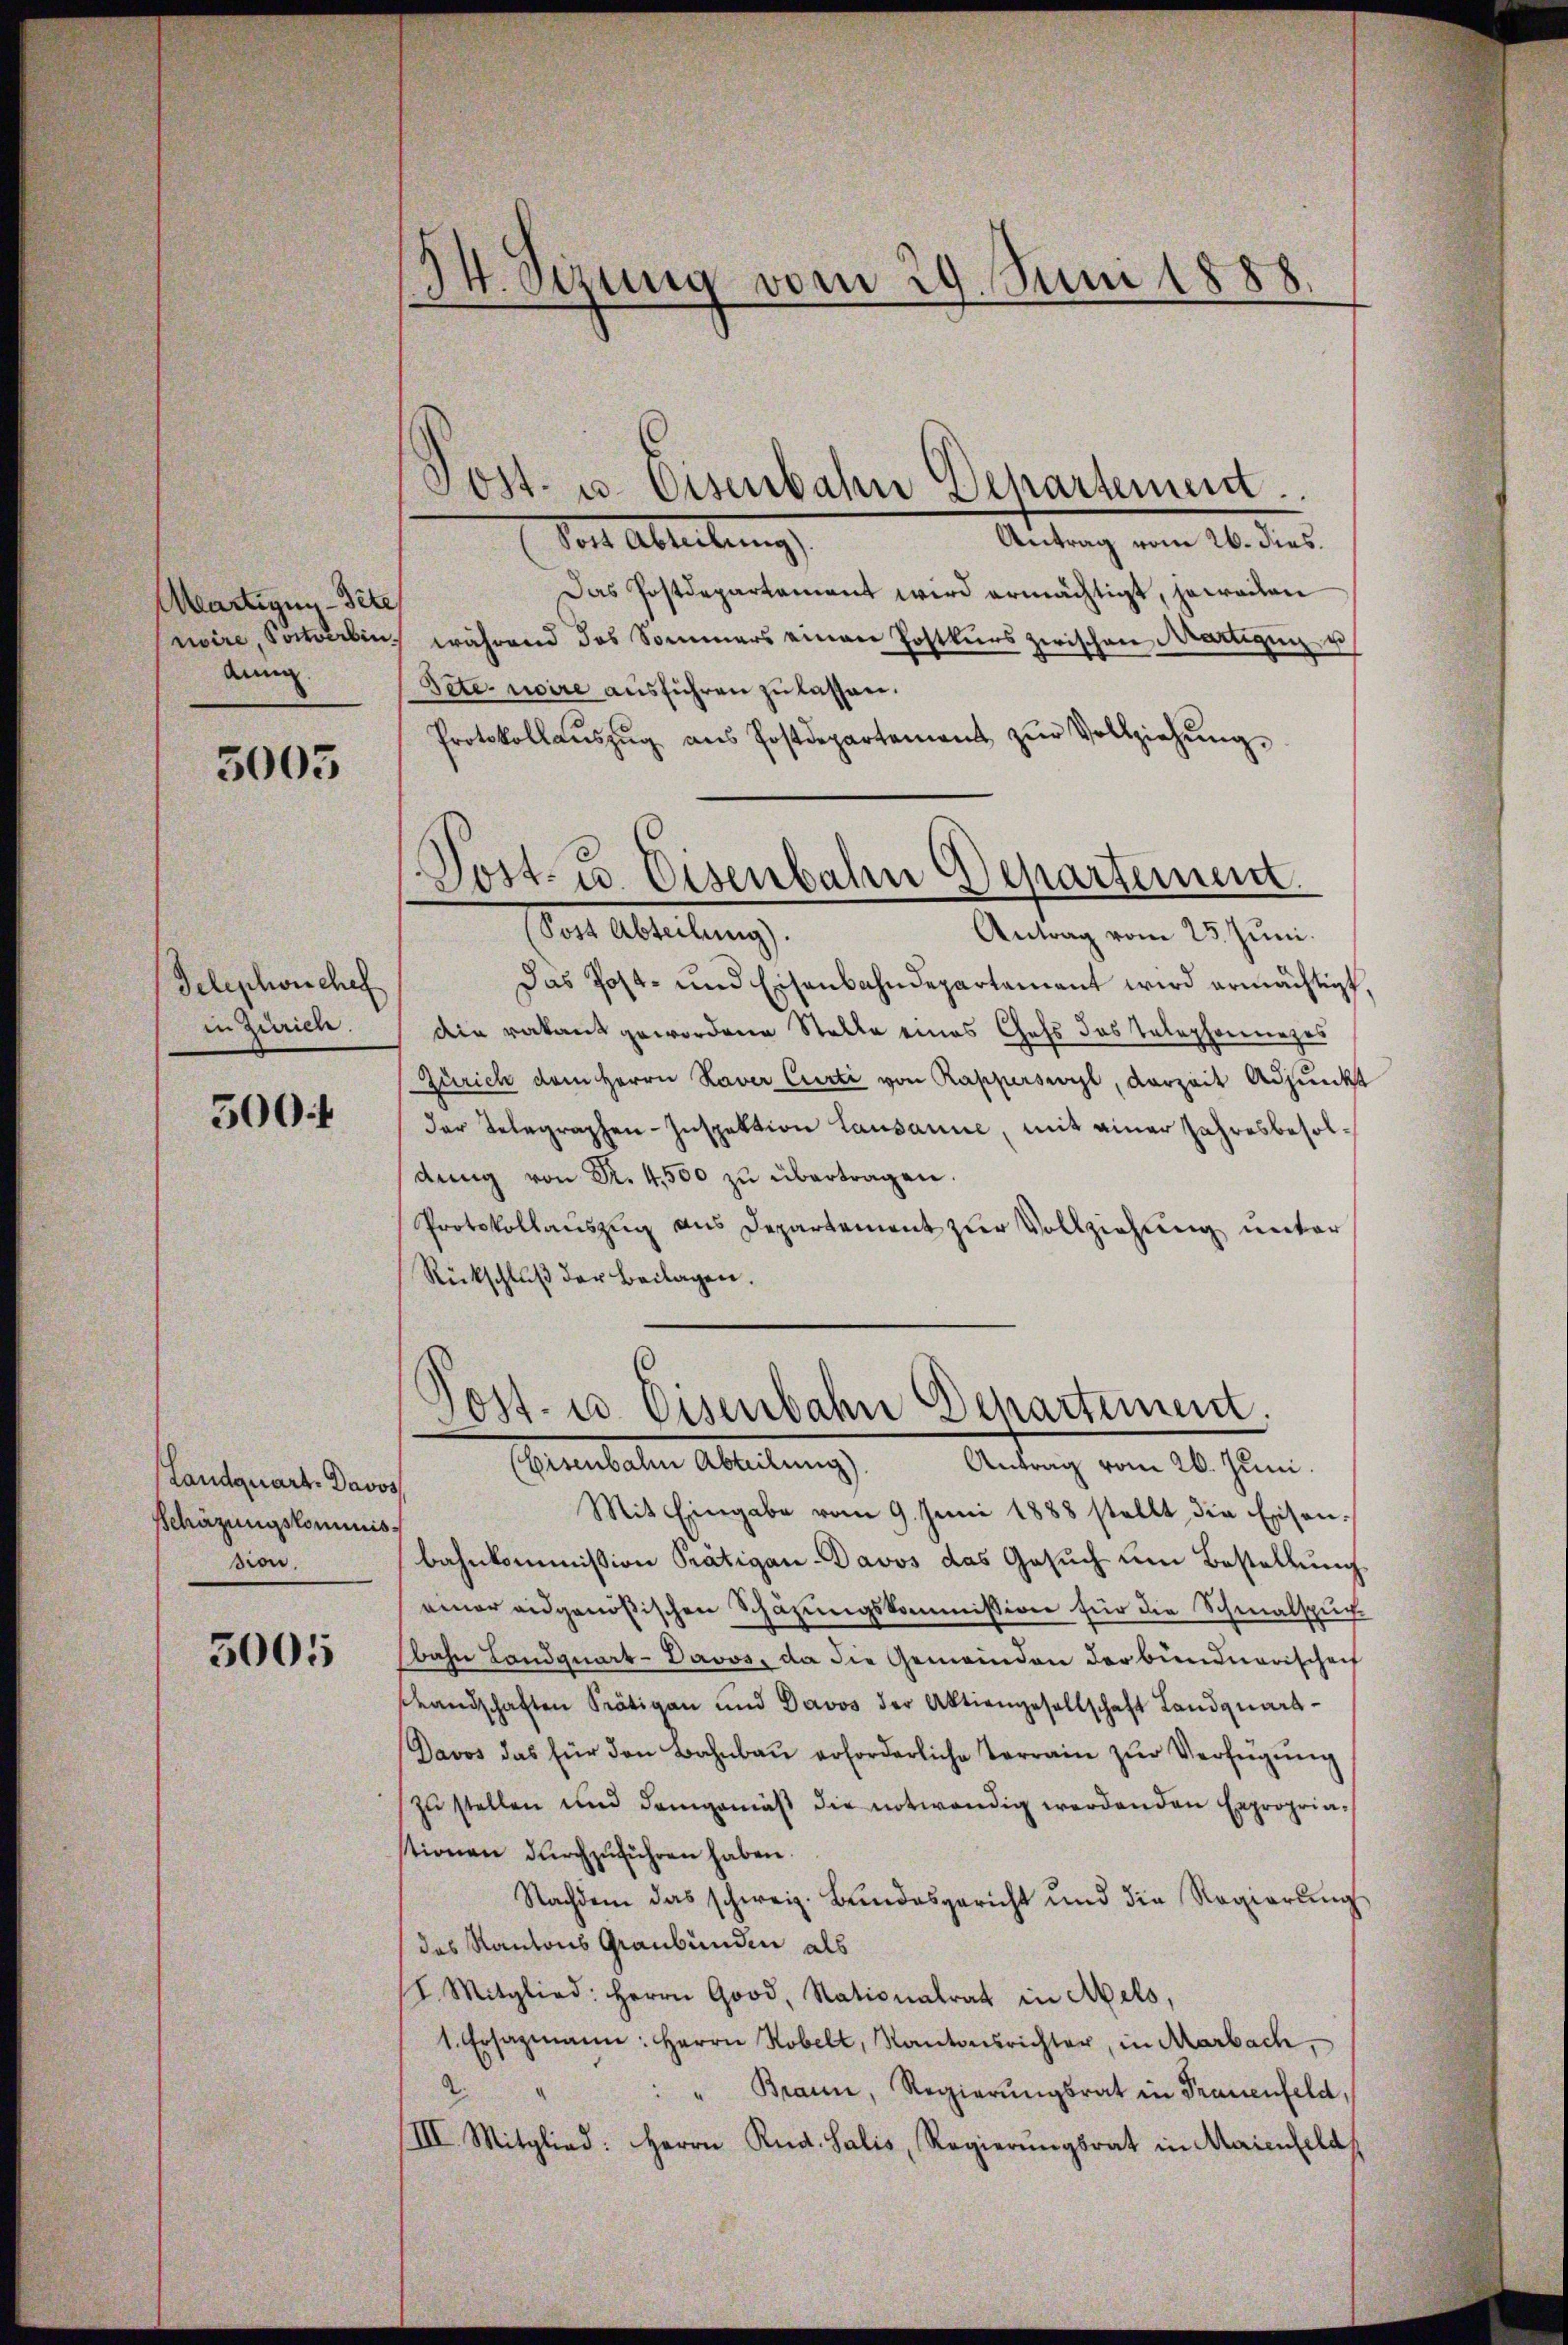
Martigny-Sete
rvire, Postverbindung.

5003

Telephonchef
in Zürich.

500.

Landquart. Davos
Schäzungskommnis.
sion.

3005

34. Sizung vom 29. Juni 1888.

Antrag vom 26. dies.
Vot Ableitung
Das Postdepartament wird ermächtigt, jeweilen
während das Sommers einen Postkŭrs zwischen Martigung u
Sete usire ausführen zu lassen.
Protokollaŭszŭg aŭs Postdepartement zŭr Vollziehŭng
Post Abteilung).
Antrag vom 25. Juni.
Das Post- und Eisenbahndepartement wird ermächtigt,
die vakant gewordene Stelle eines Chefs des Telephoninges
Zürich dem Herrn Haver Curti von Rapperswyl, Vorzeit Adjunkt
der Telegraphen-Inspektion Lausanne, mit einer Jahresbesoldŭng von Nr. 4500 zŭ übertragen.
Protokollauszug aus Departement zur Vollziehung unter
Rückschlŭβ der Beilagen.

Post- u. Eisenbahn Departement.

Post- u. Eisenbahn Departement.

Post- u. Eisenbahn Departement.
Eemmbachen Ableitung
Antrag vom 26. Juni.

Mit Eingabe vom 9. Juni 1888 stellt die Eisenbahnkommission Prätigen Davos das Gesuch um Bestellung
einer eidgenößischen Schazungskommission für die Schmalspuch
bahn Landquart-Davos, da die Gemeinden derbundnerischen
shandschaften Prätigen und Davos der Aktiengesellschaft Landquart-
Davos das für den Bahnbaŭ erforderliche Terrain zŭr Verfügŭng
zu stellen und demgemäβ die notwendig werdenden Expropriastionen durchzuführen haben.
Nachdem das schweiz. Bŭndesgericht und die Regierŭng
das Kantons Graubünden als
h. Mitglied: Herrn Good, Nationalrat in Mels
1. Ersazmann: Herrn Hobel, Kantonsrichter, in Marbach,
A.
" " Brann, Regierŭngsrat in Frauenfeld,
III. Mitglied: Herrn Rud. Salis, Regierungsrat in Maienfeld,